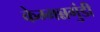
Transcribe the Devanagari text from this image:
केम्मन्नगुंडी